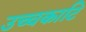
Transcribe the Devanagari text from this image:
उच्चकाटि